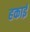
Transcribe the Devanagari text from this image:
हकाई